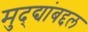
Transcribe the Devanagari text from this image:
मुद्द्यांबद्दल